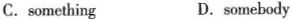
C.something D.somebody